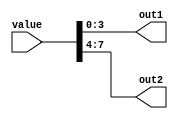
/*
   This file was generated automatically by the Mojo IDE version B1.2.3.
   Do not edit this file directly. Instead edit the original Lucid source.
   This is a temporary file and any changes made to it will be destroyed.
*/

module test_generator_7 (
    input [7:0] value,
    output reg [3:0] out1,
    output reg [3:0] out2
  );
  
  
  
  always @* begin
    out1 = value[0+3-:4];
    out2 = value[4+3-:4];
  end
endmodule